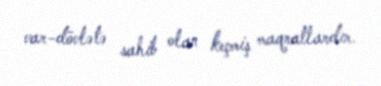
var-dövlətə sahib olan keçmiş maqnatlardır.